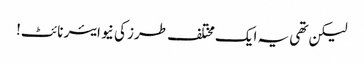
لیکن تھی یہ ایک مختلف طرز کی نیو ایئر نائٹ!